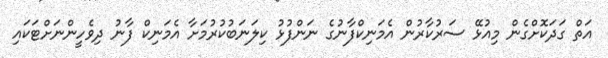
އަތް ގަދަކޮށްގެން މިއުޅޭ ސަރުކާރުން އެމަނިކްފާނުގެ ނަންފުޅު ކިލަނަބުކުރުމަށާ އެމަނިކް ފާނު ދިވެހީންނަށްޓަކައި